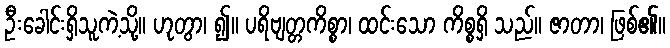
ဦးခေါင်းရှိသူကဲ့သို့။ ဟုတွာ၊ ၍။ ပရိဗျတ္တကိစ္စာ၊ ထင်းသော ကိစ္စရှိ သည်။ ဇာတာ၊ ဖြစ်၏။